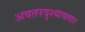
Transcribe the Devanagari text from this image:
अवतरदृश्यावतार